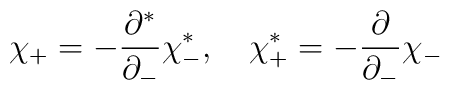
\chi_+ = - \frac{\partial^*}{\partial_-} \chi^*_- , \quad \chi^*_+ =       - \frac{\partial}{\partial_-} \chi_-